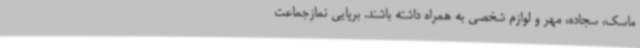
ماسک، سجاده، مهر و لوازم شخصی به همراه داشته باشند. برپایی نمازجماعت